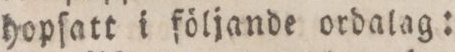
hopſatt i följande ordalag: